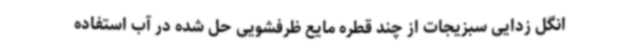
انگل‌ زدایی سبزیجات از چند قطره مایع ظرفشویی حل شده در آب استفاده